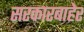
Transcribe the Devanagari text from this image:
सरकारबाहेर